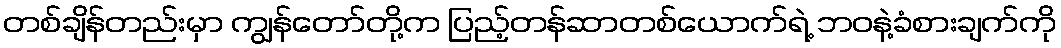
တစ်ချိန်တည်းမှာ ကျွန်တော်တို့က ပြည့်တန်ဆာတစ်ယောက်ရဲ့ ဘဝနဲ့ခံစားချက်ကို